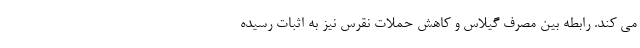
می کند. رابطه بین مصرف گیلاس و کاهش حملات نقرس نیز به اثبات رسیده